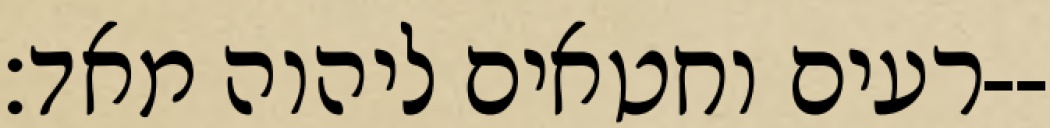
רעים וחטאים ליהוה מאד׃--